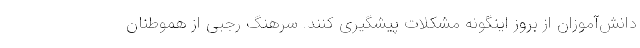
دانش‌آموزان از بروز اینگونه مشکلات پیشگیری کنند. سرهنگ رجبی از هموطنان